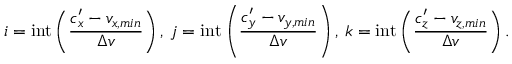
i = \mathrm { i n t } \left( \frac { c _ { x } ^ { \prime } - v _ { x , m i n } } { \Delta v } \right) , \: j = \mathrm { i n t } \left( \frac { c _ { y } ^ { \prime } - v _ { y , m i n } } { \Delta v } \right) , \: k = \mathrm { i n t } \left( \frac { c _ { z } ^ { \prime } - v _ { z , m i n } } { \Delta v } \right) .